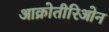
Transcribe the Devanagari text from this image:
आक्रोतीरिओन